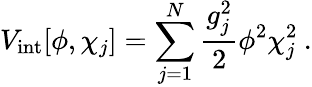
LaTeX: V_{\mathrm{int}}[\phi,\chi_{j}]=\sum_{j=1}^{N}\frac{g_{j}^{2}}{2}\phi^{2}\chi_{j}^{2}\: .